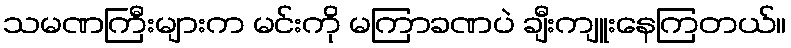
သမဏကြီးများက မင်းကို မကြာခဏပဲ ချီးကျူးနေကြတယ်။